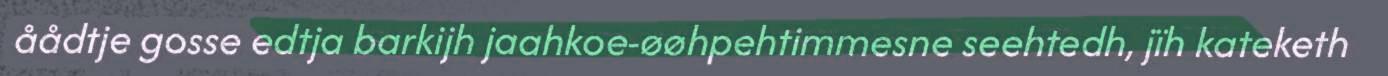
åådtje gosse edtja barkijh jaahkoe-øøhpehtimmesne seehtedh, jïh kateketh